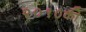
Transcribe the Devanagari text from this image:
२०१०की